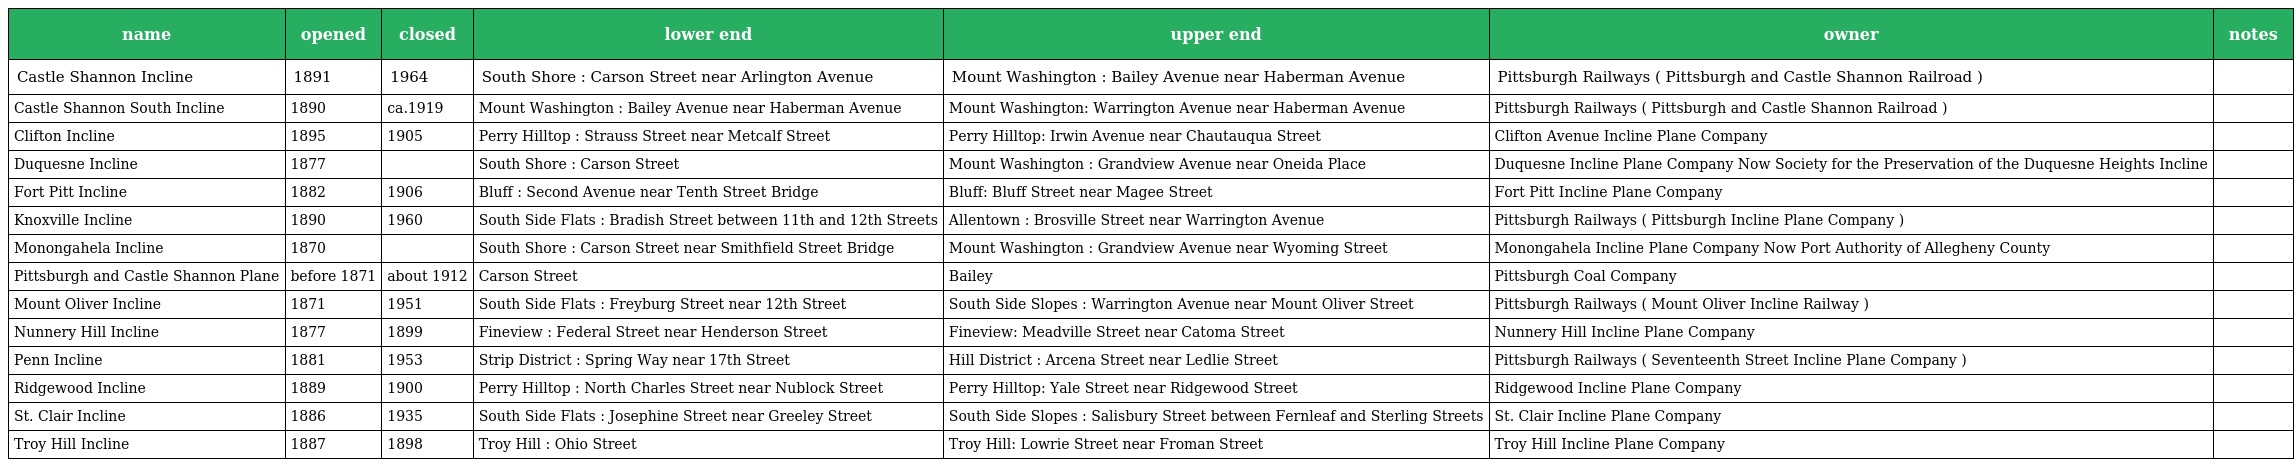
| name | opened | closed | lower end | upper end | owner | notes |
 | --- | --- | --- | --- | --- | --- | --- |
 | Castle Shannon Incline | 1891 | 1964 | South Shore : Carson Street near Arlington Avenue | Mount Washington : Bailey Avenue near Haberman Avenue | Pittsburgh Railways ( Pittsburgh and Castle Shannon Railroad ) |  |
 | Castle Shannon South Incline | 1890 | ca.1919 | Mount Washington : Bailey Avenue near Haberman Avenue | Mount Washington: Warrington Avenue near Haberman Avenue | Pittsburgh Railways ( Pittsburgh and Castle Shannon Railroad ) |  |
 | Clifton Incline | 1895 | 1905 | Perry Hilltop : Strauss Street near Metcalf Street | Perry Hilltop: Irwin Avenue near Chautauqua Street | Clifton Avenue Incline Plane Company |  |
 | Duquesne Incline | 1877 |  | South Shore : Carson Street | Mount Washington : Grandview Avenue near Oneida Place | Duquesne Incline Plane Company Now Society for the Preservation of the Duquesne Heights Incline |  |
 | Fort Pitt Incline | 1882 | 1906 | Bluff : Second Avenue near Tenth Street Bridge | Bluff: Bluff Street near Magee Street | Fort Pitt Incline Plane Company |  |
 | Knoxville Incline | 1890 | 1960 | South Side Flats : Bradish Street between 11th and 12th Streets | Allentown : Brosville Street near Warrington Avenue | Pittsburgh Railways ( Pittsburgh Incline Plane Company ) |  |
 | Monongahela Incline | 1870 |  | South Shore : Carson Street near Smithfield Street Bridge | Mount Washington : Grandview Avenue near Wyoming Street | Monongahela Incline Plane Company Now Port Authority of Allegheny County |  |
 | Pittsburgh and Castle Shannon Plane | before 1871 | about 1912 | Carson Street | Bailey | Pittsburgh Coal Company |  |
 | Mount Oliver Incline | 1871 | 1951 | South Side Flats : Freyburg Street near 12th Street | South Side Slopes : Warrington Avenue near Mount Oliver Street | Pittsburgh Railways ( Mount Oliver Incline Railway ) |  |
 | Nunnery Hill Incline | 1877 | 1899 | Fineview : Federal Street near Henderson Street | Fineview: Meadville Street near Catoma Street | Nunnery Hill Incline Plane Company |  |
 | Penn Incline | 1881 | 1953 | Strip District : Spring Way near 17th Street | Hill District : Arcena Street near Ledlie Street | Pittsburgh Railways ( Seventeenth Street Incline Plane Company ) |  |
 | Ridgewood Incline | 1889 | 1900 | Perry Hilltop : North Charles Street near Nublock Street | Perry Hilltop: Yale Street near Ridgewood Street | Ridgewood Incline Plane Company |  |
 | St. Clair Incline | 1886 | 1935 | South Side Flats : Josephine Street near Greeley Street | South Side Slopes : Salisbury Street between Fernleaf and Sterling Streets | St. Clair Incline Plane Company |  |
 | Troy Hill Incline | 1887 | 1898 | Troy Hill : Ohio Street | Troy Hill: Lowrie Street near Froman Street | Troy Hill Incline Plane Company |  |